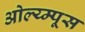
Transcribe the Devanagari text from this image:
ओल्य्म्पूस